Elephants and their diseases
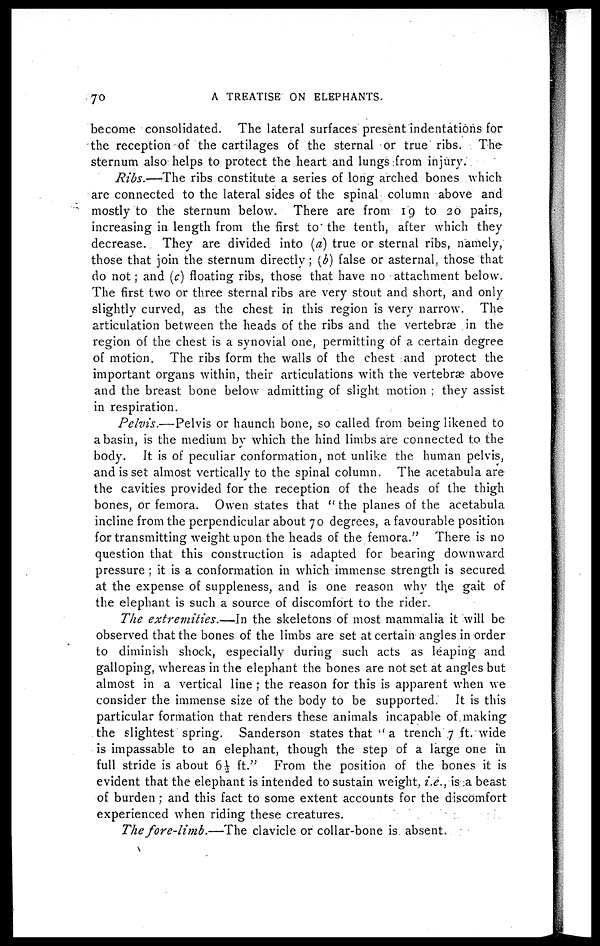
70
A TREATISE ON ELEPHANTS.
become consolidated. The lateral surfaces present indentations for
the reception of the cartilages of the sternal or true ribs. The
sternum also helps to protect the heart and lungs from injury.
Ribs.—The ribs constitute a series of long arched bones which
are connected to the lateral sides of the spinal column above and
mostly to the sternum below. There are from 19 to 20 pairs,
increasing in length from the first to the tenth, after which they
decrease. They are divided into (a) true or sternal ribs, namely,
those that join the sternum directly; (b) false or asternal, those that
do not; and (c) floating ribs, those that have no attachment below.
The first two or three sternal ribs are very stout and short, and only
slightly curved, as the chest in this region is very narrow. The
articulation between the heads of the ribs and the vertebrae in the
region of the chest is a synovial one, permitting of a certain degree
of motion. The ribs form the walls of the chest and protect the
important organs within, their articulations with the vertebræ above
and the breast bone below admitting of slight motion ; they assist
in respiration.
Pelvis.—Pelvis or haunch bone, so called from being likened to
a basin, is the medium by which the hind limbs are connected to the
body. It is of peculiar conformation, not unlike the human pelvis,
and is set almost vertically to the spinal column. The acetabula are
the cavities provided for the reception of the heads of the thigh
bones, or femora. Owen states that " the planes of the acetabula
incline from the perpendicular about 70 degrees, a favourable position
for transmitting weight upon the heads of the femora." There is no
question that this construction is adapted for bearing downward
pressure ; it is a conformation in which immense strength is secured
at the expense of suppleness, and is one reason why the gait of
the elephant is such a source of discomfort to the rider.
The extremities.—In
the skeletons of most mammalia it will be
observed that the bones of the limbs are set at certain angles in order
to diminish shock, especially during such acts as leaping and
galloping, whereas in the elephant the bones are not set at angles but
almost in a vertical line ; the reason for this is apparent when we
consider the immense size of the body to be supported. It is this
particular formation that renders these animals incapable of making
the slightest spring. Sanderson states that "a trench 7 ft. wide
is impassable to an elephant, though the step of a large one in
full stride is about 6 ½ ft." From the position of the bones it is
evident that the elephant is intended to sustain weight, i.e., is a beast
of burden ; and this fact to some extent accounts for the discomfort
experienced when riding these creatures.
The fore-limb.—The
clavicle or collar-bone is absent.